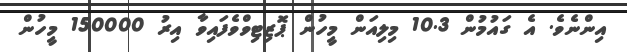
އިންނެވެ. އެ ގައުމުން 10.3 މިލިއަން މީހުން ޕޮޒިޓިވްވެފައިވާ އިރު 150000 މީހުން